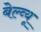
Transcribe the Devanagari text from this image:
बेल्व्यू